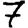
Digit: 7